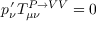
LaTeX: p _ { \nu } ^ { \prime } T _ { \mu \nu } ^ { P \rightarrow V V } = 0